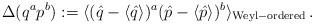
LaTeX: \begin{align*} \Delta(q^ap^b):=\langle (\hat{q}-\langle\hat{q}\rangle)^a (\hat{p}-\langle\hat{p}\rangle)^b\rangle_{\rm Weyl-ordered}\,.\end{align*}